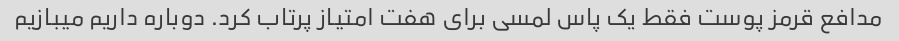
مدافع قرمز پوست فقط یک پاس لمسی برای هفت امتیاز پرتاب کرد. دوباره داریم میبازیم